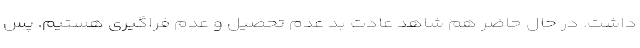
داشت. در حال حاضر هم شاهد عادت بد عدم تحصیل و عدم فراگیری هستیم. پس